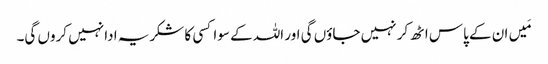
مَیں ان کے پاس اٹھ کر نہیں جاؤں گی اور اللہ کے سوا کسی کا شکریہ ادا نہیں کروں گی۔